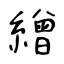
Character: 繒